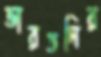
ভারতনির